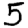
Digit: 5